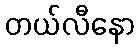
တယ်လီနော